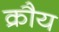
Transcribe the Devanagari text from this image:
क्रौय